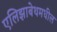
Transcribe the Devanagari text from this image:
एलिझाबेथमधील